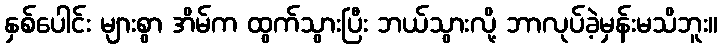
နှစ်ပေါင်း များစွာ အိမ်က ထွက်သွားပြီး ဘယ်သွားလို့ ဘာလုပ်ခဲ့မှန်းမသိဘူး။